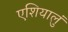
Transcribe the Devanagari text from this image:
एशियालुं